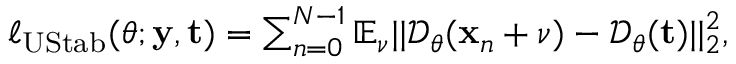
\begin{array} { r } { \ell _ { \mathrm { U S t a b } } ( \boldsymbol { \theta } ; \mathbf y , \mathbf t ) = \sum _ { n = 0 } ^ { N - 1 } \mathbb { E } _ { \boldsymbol \nu } | | \mathcal { D } _ { \boldsymbol { \theta } } ( \mathbf { x } _ { n } + \boldsymbol \nu ) - \mathcal { D } _ { \boldsymbol { \theta } } ( \mathbf t ) | | _ { 2 } ^ { 2 } , } \end{array}